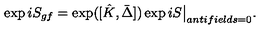
\exp i S _ { g f } = \exp ( [ \hat { K } , \bar { \Delta } ] ) \exp i S \big \vert _ { a n t i f i e l d s = 0 } .